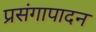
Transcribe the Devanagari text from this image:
प्रसंगापादन